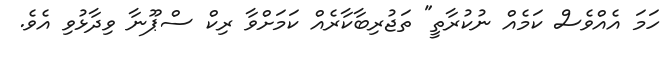
ހަމަ އެއްވެސް ކަމެއް ނުކުރާތީ" ތަޖުރިބާކާރެއް ކަމަށްވާ ރިކް ސްޕޫނާ ވިދާޅުވި އެވެ.